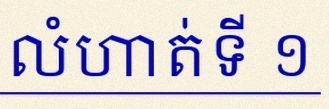
លំហាត់ទី ១